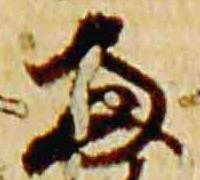
両